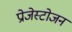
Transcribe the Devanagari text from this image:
प्रोजेस्टोजन